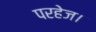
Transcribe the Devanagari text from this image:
परहेज।